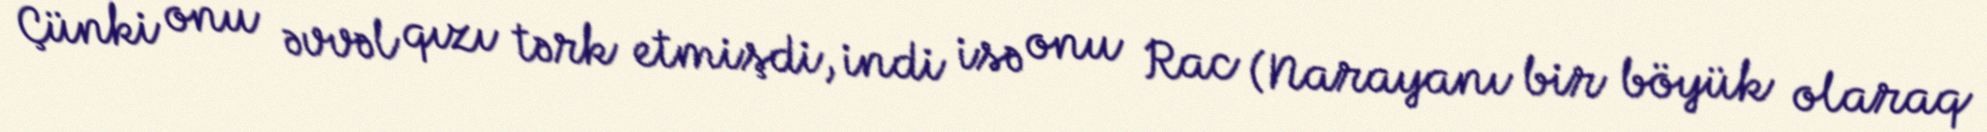
Çünki onu əvvəl qızı tərk etmişdi, indi isə onu Rac (Narayanı bir böyük olaraq